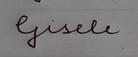
Signature authenticity: forged